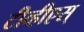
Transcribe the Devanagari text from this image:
टीव्हीएस्